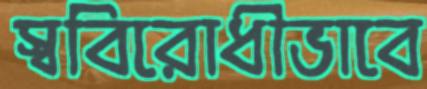
স্ববিরোধীভাবে